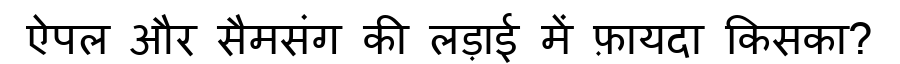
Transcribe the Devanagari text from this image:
ऐपल और सैमसंग की लड़ाई में फ़ायदा किसका?